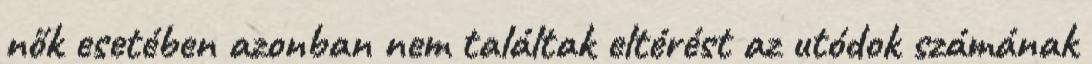
nők esetében azonban nem találtak eltérést az utódok számának